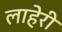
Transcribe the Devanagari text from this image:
लाहेरी